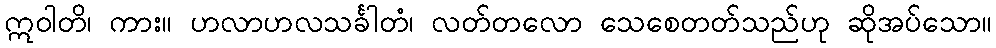
ဣဝါတိ၊ ကား။ ဟလာဟလသင်္ခါတံ၊ လတ်တလော သေစေတတ်သည်ဟု ဆိုအပ်သော။